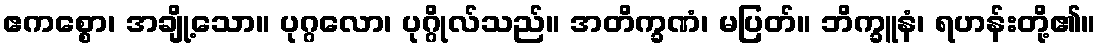
ဧကစ္စော၊ အချို့သော။ ပုဂ္ဂလော၊ ပုဂ္ဂိုလ်သည်။ အတိက္ခဏံ၊ မပြတ်။ ဘိက္ခူနံ၊ ရဟန်းတို့၏။